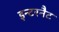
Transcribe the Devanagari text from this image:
इन्टरनैट